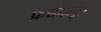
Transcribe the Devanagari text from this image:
फ़न्नाज़बूर